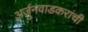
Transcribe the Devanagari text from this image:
अर्जुनवाडकरांची